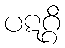
ပဋဂ္ဂိ